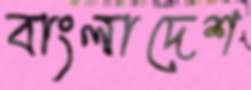
বাংলাদেশ